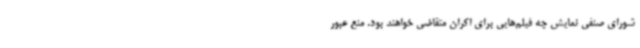
شورای صنفی نمایش چه فیلم‌هایی برای اکران متقاضی خواهند بود. منع عبور